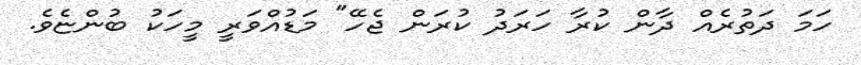
ހަމަ ދަތުރެއް ދާން ކުރާ ހަރަދު ކުރަން ޖެހޭ" މަޑުއްވަރީ މީހަކު ބުންޏެވެ.